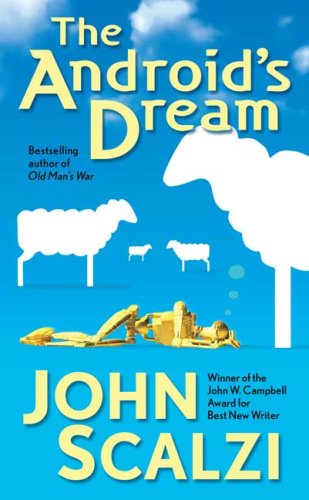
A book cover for The Android's Dream; John Scalzi; Science Fiction & Fantasy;